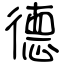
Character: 德